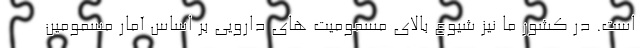
است. در کشور ما نیز شیوع بالای مسمومیت های دارویی بر اساس آمار مسمومین